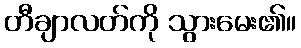
တီချာလတ်ကို သွားမေး၏။